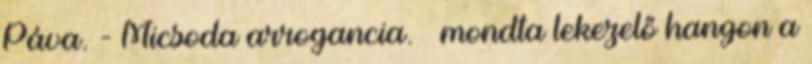
Páva. - Micsoda arrogancia. – mondta lekezelő hangon a